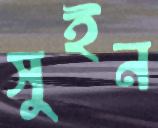
সুইন